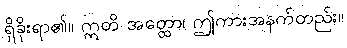
ရှိခိုးရာ၏။ ဣတိ အတ္ထော၊ ဤကားအနက်တည်း။